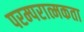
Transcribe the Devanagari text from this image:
परम्परात्मकता